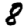
Digit: 8